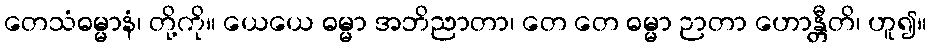
တေသံဓမ္မာနံ၊ တို့ကို။ ယေယေ ဓမ္မာ အဘိညာတာ၊ တေ တေ ဓမ္မာ ဉာတာ ဟောန္တီတိ၊ ဟူ၍။